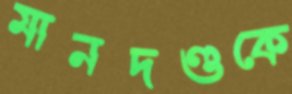
মানদণ্ডকে